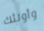
وأولئك